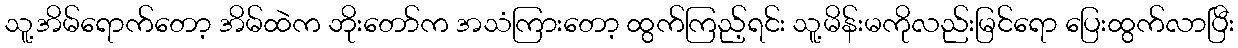
သူ့အိမ်ရောက်တော့ အိမ်ထဲက ဘိုးတော်က အသံကြားတော့ ထွက်ကြည့်ရင်း သူ့မိန်းမကိုလည်းမြင်ရော ပြေးထွက်လာပြီး